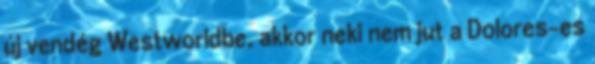
új vendég Westworldbe, akkor neki nem jut a Dolores-es